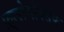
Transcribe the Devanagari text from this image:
फ़्लोमॉक्सेफ़